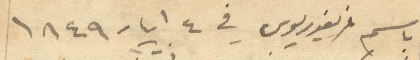
باسم غريغوريوس في 4 ايار 1849